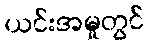
ယင်းအမှုတွင်